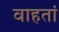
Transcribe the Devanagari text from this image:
वाहतां